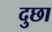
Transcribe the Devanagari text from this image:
दुछा